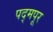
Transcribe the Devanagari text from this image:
पद्मपूर